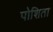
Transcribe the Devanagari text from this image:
पोशिता